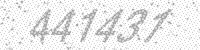
Solution: 441431